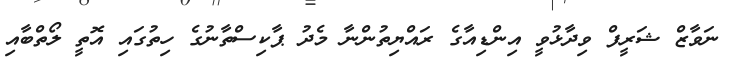
ނަވާޒް ޝަރީފް ވިދާޅުވީ އިންޑިއާގެ ރައްޔިތުންނާ މެދު ޕާކިސްތާނުގެ ހިތުގައި އޮތީ ލޯތްބާއި